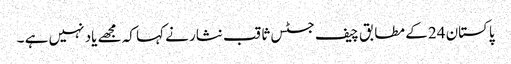
پاکستان 24 کے مطابق چیف جسٹس ثاقب نثار نے کہا کہ مجھے یاد نہیں ہے ۔